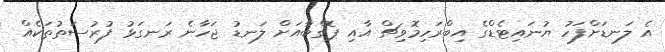
އެ ލަނޑަށްފަހު ޔުނައިޓެޑްގެ އިބްރަހިމޮވިޗް އާއި ޕޮގްބާއަށް ލަނޑު ޖަހާނެ ރަނގަޅު ފުރުސަތުތަކެއް